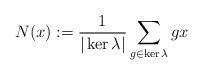
LaTeX: \begin{align*}N(x):=\dfrac{1}{|\ker \lambda|}\sum_{g\in \ker \lambda} gx\end{align*}